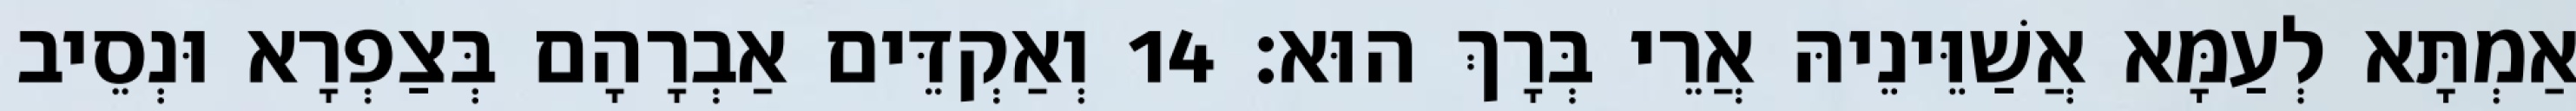
אַמְתָּא לְעַמָּא אֲשַׁוֵּינֵיהּ אֲרֵי בְּרָךְ הוּא׃ 14 וְאַקְדֵּים אַבְרָהָם בְּצַפְרָא וּנְסֵיב